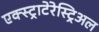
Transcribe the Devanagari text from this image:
एक्स्ट्राटेरेस्ट्रिअल